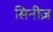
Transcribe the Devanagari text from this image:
सिनीज़